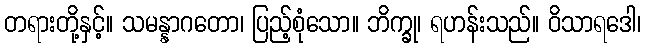
တရားတို့နှင့်။ သမန္နာဂတော၊ ပြည့်စုံသော။ ဘိက္ခု၊ ရဟန်းသည်။ ဝိသာရဒေါ၊